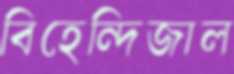
বিহেন্দিজাল